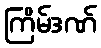
ကြိမ်ဒဏ်